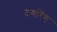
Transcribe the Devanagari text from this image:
दगरिंग